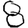
Digit: 8